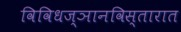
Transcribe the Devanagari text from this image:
विविधज्ञानविस्तारात